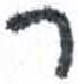
אות: ר